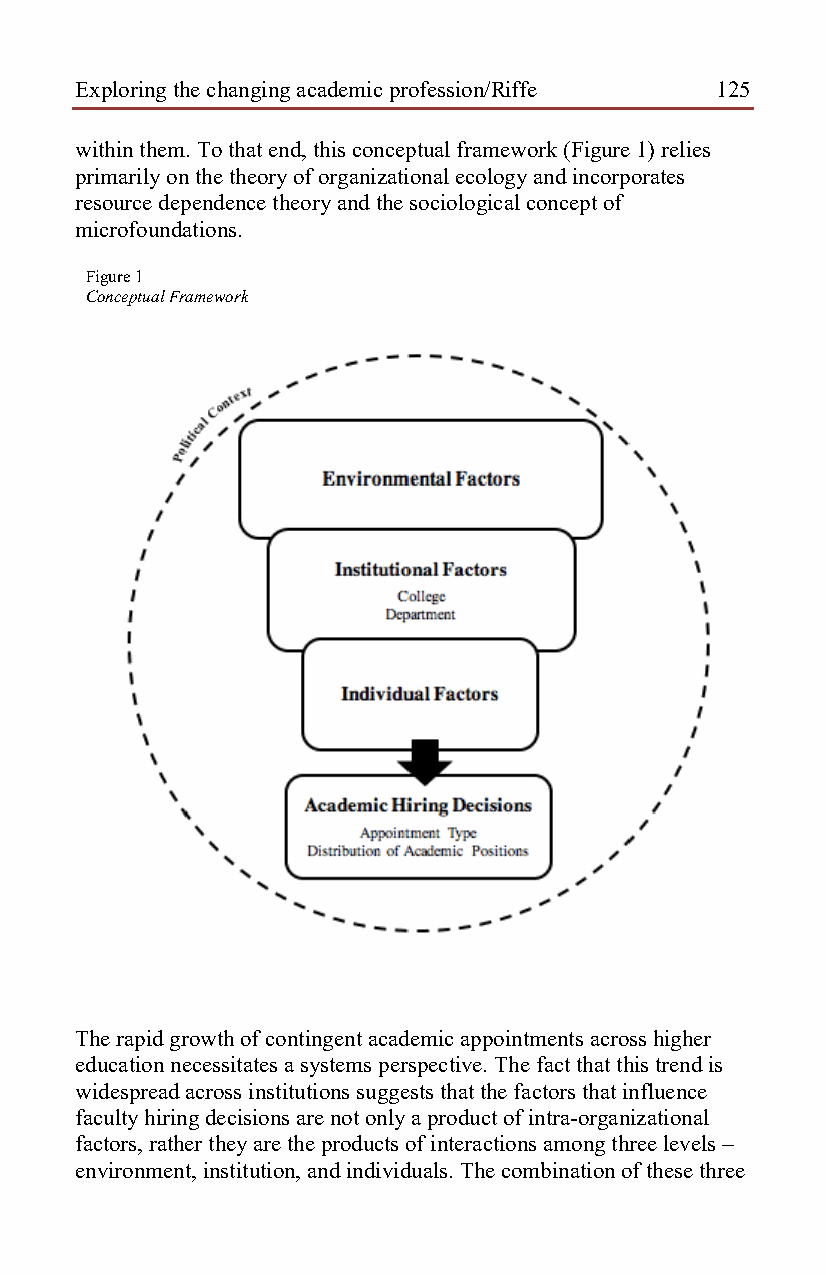
Exploring the changing academic profession/Riffe 125
 within them. To that end, this conceptual framework (Figure 1) relies
 primarily on the theory of organizational ecology and incorporates
 resource dependence theory and the sociological concept of
 microfoundations.
 Figure 1
 Conceptual Framework
 The rapid growth of contingent academic appointments across higher
 education necessitates a systems perspective. The fact that this trend is
 widespread across institutions suggests that the factors that influence
 faculty hiring decisions are not only a product of intra-organizational
 factors, rather they are the products of interactions among three levels –
 environment, institution, and individuals. The combination of these three